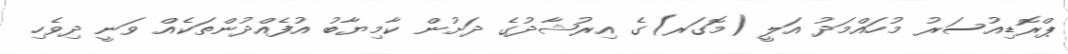
ޕްރޮޑިއުސަރު މުހައްމަދު އަލީ (މޮގަރ)ގެ އިރުޝާދުގެ ދަށުން ކާމިޔާބު އުފެއްދުންތަކެއް ވަނީ ދިވެހި